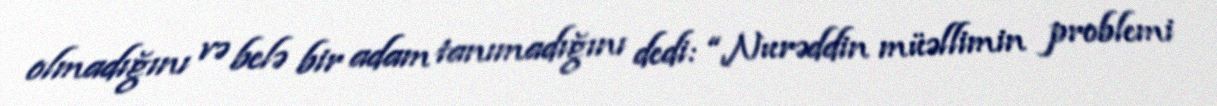
olmadığını və belə bir adam tanımadığını dedi: “Nurəddin müəllimin problemi